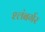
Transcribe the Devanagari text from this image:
श्लंबर्गर